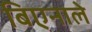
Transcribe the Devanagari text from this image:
बिएनाले